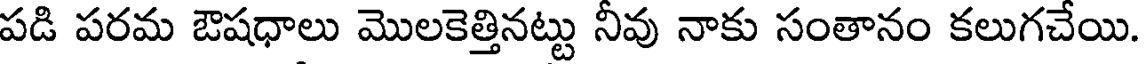
పడి పరమ ఔషధాలు మొలకెత్తినట్టు నీవు నాకు సంతానం కలుగచేయి.